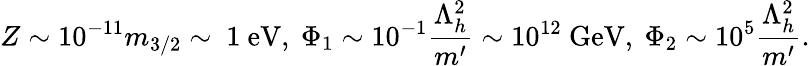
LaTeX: Z\sim 10^{-11}m_{3/2}\sim\ 1\ \mathrm{eV},\ \Phi_{1}\sim 10^{-1}\frac{\Lambda_{h}^{2}}{m^{\prime}}\sim 10^{12}\ \mathrm{GeV},\ \Phi_{2}\sim 10^{5}\frac{\Lambda_{h}^{2}}{m^{\prime}}.